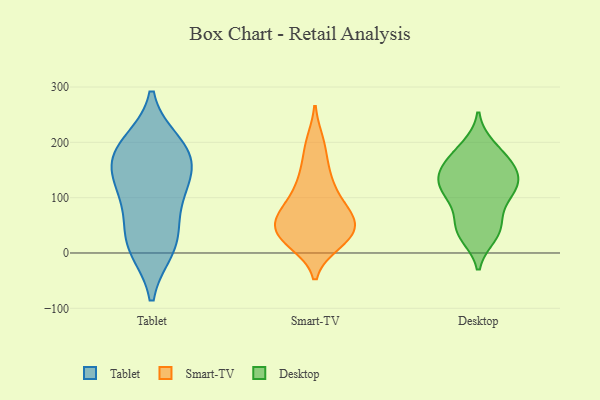
{"axis": {"x": "Conversion Rate (%)", "y": "Value"}, "legend": ["Desktop", "Smart-TV", "Tablet"], "data": [{"x": "", "y": 171, "type": "Tablet"}, {"x": "", "y": 97, "type": "Tablet"}, {"x": "", "y": 177, "type": "Tablet"}, {"x": "", "y": 18, "type": "Tablet"}, {"x": "", "y": 30, "type": "Tablet"}, {"x": "", "y": 181, "type": "Tablet"}, {"x": "", "y": 133, "type": "Tablet"}, {"x": "", "y": 113, "type": "Tablet"}, {"x": "", "y": 10, "type": "Tablet"}, {"x": "", "y": 196, "type": "Tablet"}, {"x": "", "y": 43, "type": "Smart-TV"}, {"x": "", "y": 74, "type": "Smart-TV"}, {"x": "", "y": 35, "type": "Smart-TV"}, {"x": "", "y": 137, "type": "Smart-TV"}, {"x": "", "y": 200, "type": "Smart-TV"}, {"x": "", "y": 86, "type": "Smart-TV"}, {"x": "", "y": 62, "type": "Smart-TV"}, {"x": "", "y": 49, "type": "Smart-TV"}, {"x": "", "y": 27, "type": "Smart-TV"}, {"x": "", "y": 20, "type": "Smart-TV"}, {"x": "", "y": 156, "type": "Smart-TV"}, {"x": "", "y": 36, "type": "Smart-TV"}, {"x": "", "y": 80, "type": "Smart-TV"}, {"x": "", "y": 25, "type": "Smart-TV"}, {"x": "", "y": 57, "type": "Smart-TV"}, {"x": "", "y": 196, "type": "Smart-TV"}, {"x": "", "y": 127, "type": "Smart-TV"}, {"x": "", "y": 18, "type": "Smart-TV"}, {"x": "", "y": 109, "type": "Smart-TV"}, {"x": "", "y": 73, "type": "Smart-TV"}, {"x": "", "y": 156, "type": "Desktop"}, {"x": "", "y": 103, "type": "Desktop"}, {"x": "", "y": 49, "type": "Desktop"}, {"x": "", "y": 156, "type": "Desktop"}, {"x": "", "y": 172, "type": "Desktop"}, {"x": "", "y": 121, "type": "Desktop"}, {"x": "", "y": 143, "type": "Desktop"}, {"x": "", "y": 188, "type": "Desktop"}, {"x": "", "y": 154, "type": "Desktop"}, {"x": "", "y": 111, "type": "Desktop"}, {"x": "", "y": 57, "type": "Desktop"}, {"x": "", "y": 94, "type": "Desktop"}, {"x": "", "y": 127, "type": "Desktop"}, {"x": "", "y": 113, "type": "Desktop"}, {"x": "", "y": 31, "type": "Desktop"}, {"x": "", "y": 42, "type": "Desktop"}, {"x": "", "y": 193, "type": "Desktop"}, {"x": "", "y": 131, "type": "Desktop"}, {"x": "", "y": 32, "type": "Desktop"}]}